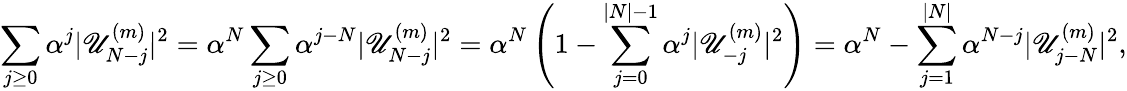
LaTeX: \sum_{j\ge0}{\alpha^{j}|\mathscr{U}_{N-j}^{(m)}|^{2}}=\alpha^{N}\sum_{j\ge0}{\alpha^{j-N}|\mathscr{U}_{N-j}^{(m)}|^{2}}=\alpha^{N}\left(1-\sum_{j=0}^{|N|-1}{\alpha^{j}|\mathscr{U}_{-j}^{(m)}|^{2}}\right)=\alpha^{N}-\sum_{j=1}^{|N|}{\alpha^{N-j}|\mathscr{U}_{j-N}^{(m)}|^{2}},